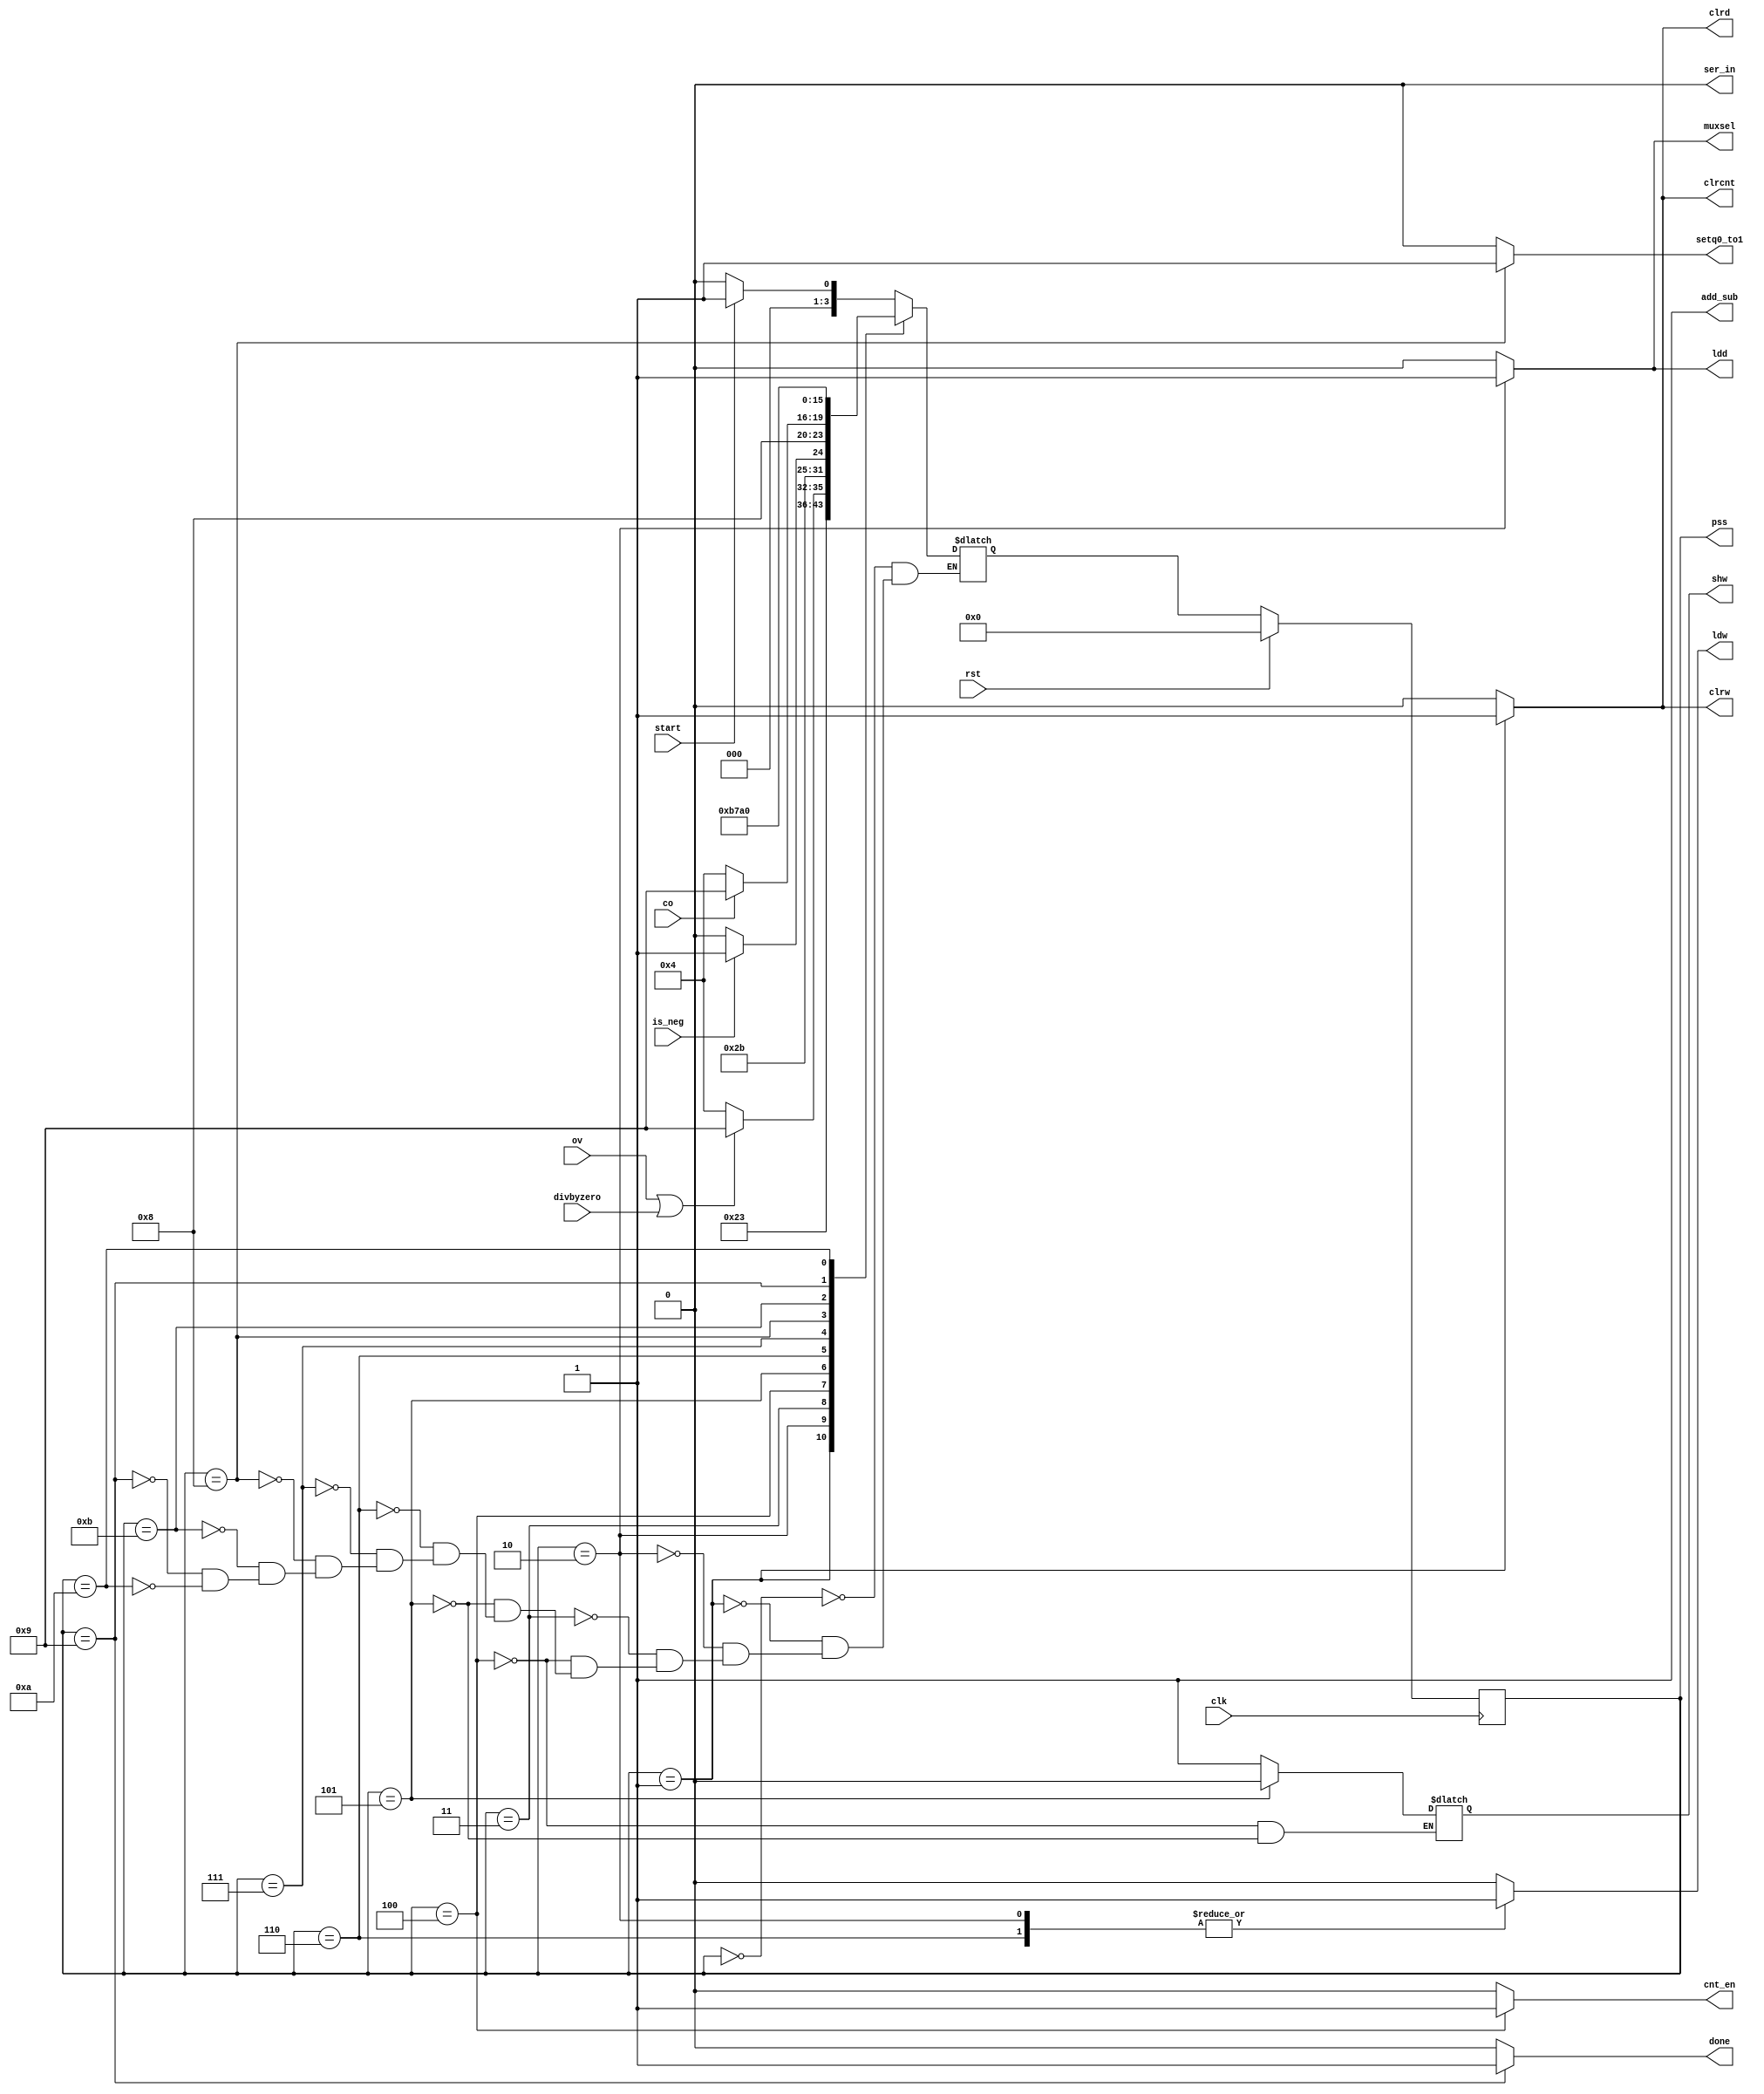

`define START 4'b0000
`define CLR 4'b0001
`define LOAD 4'b0010
`define OV_ZERO 4'b0011
`define SHIFTL 4'b0100
`define SUB 4'b0101
`define LOAD2 4'b0110
`define CHECK 4'b0111
`define Q0 4'b1000
`define DONE1 4'b1001
`define DONE2 4'b1010
`define RETURN 4'b1011
`define NEG 4'b1100

module controller(start, rst, clrw,clrcnt,clrd,muxsel,ldw,ldd,ser_in,
    add_sub,cnt_en,setq0_to1,ov,divbyzero,is_neg,shw,
    co,done,clk,pss);
    input start, rst, ov, divbyzero, is_neg, co, clk;
    
    output clrw, clrcnt, clrd, muxsel, ldd, ldw,shw;
    output ser_in, add_sub, cnt_en, setq0_to1, done;
    output [3:0] pss;


    reg clrw, clrcnt, clrd, muxsel, ldd, ldw,shw;
    reg ser_in, add_sub, cnt_en, setq0_to1, done;

    reg [3:0] ps, ns;

    always @(posedge clk) 
        if(rst)
            ps = 4'b0000;
        else 
            ps=ns;

    always @(ps or start) begin
        case(ps)
            `START: ns = start?`CLR:`START;
            `CLR: ns = `LOAD;
            `LOAD: ns = `OV_ZERO;
            `OV_ZERO: ns = (ov|divbyzero)? `DONE1:`SHIFTL;
            `SHIFTL: ns = `SUB;
            `SUB: ns = is_neg? `CHECK :`LOAD2;
            `LOAD2: ns = `Q0;
            `CHECK: ns = co? `DONE1: `SHIFTL;
            `Q0: ns = `RETURN;
            `RETURN: ns = `CHECK;
            `DONE1: ns = `DONE2;
            `DONE2: ns = `START;
        endcase
    end
    
    always @(ps) begin
        {clrw, clrcnt, clrd, muxsel, ldd, ldw,ser_in,
         add_sub, cnt_en, setq0_to1, done} = 11'b00000001000;

         case(ps)
            `START: done = 1'b0;
            `CLR: {clrw,clrd,clrcnt}=3'b111;
            `LOAD: {clrcnt,clrd,clrw,ldw,ldd,muxsel}=6'b000111;
            `OV_ZERO: {ser_in,muxsel,ldw,ldd}=4'b0000;
            `SHIFTL: {add_sub,cnt_en,shw}=3'b111;
            `SUB: {cnt_en,shw}=2'b00;
 	    `LOAD2: ldw = 1'b1;
            `CHECK:  ;
            `Q0: {setq0_to1,ldw}=2'b10;
            `RETURN: setq0_to1=1'b0;
            `DONE1: done=1'b1;
            `DONE2: ;
        
         endcase
    end

    

    assign pss = ps;    
endmodule